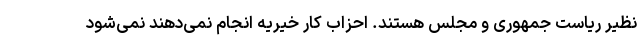
نظیر ریاست جمهوری و مجلس هستند. احزاب کار خیریه انجام نمی‌دهند نمی‌شود